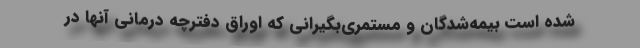
شده است بیمه‌شدگان و مستمری‌بگیرانی که اوراق دفترچه درمانی آنها در